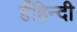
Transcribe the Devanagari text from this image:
हैंहिन्दी